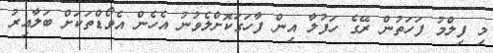
މި ފިލްމު ފަހަތުން ރޭގެ ހަފުލާ އިން ފާހަގަކޮށްލެވުނު އެހެން އެވޯޑްތަކަށް ބަލާއިރު